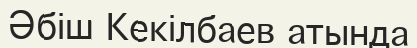
Әбіш Кекілбаев атында